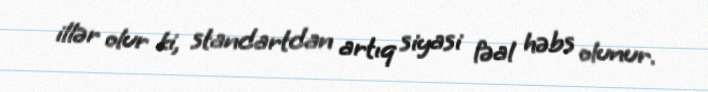
illər olur ki, standartdan artıq siyasi fəal həbs olunur.